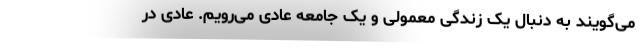
می‌گویند به دنبال یک زندگی معمولی و یک جامعه عادی می‌رویم. عادی در